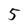
Character: 5